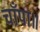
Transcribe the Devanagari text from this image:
चाँपा॥